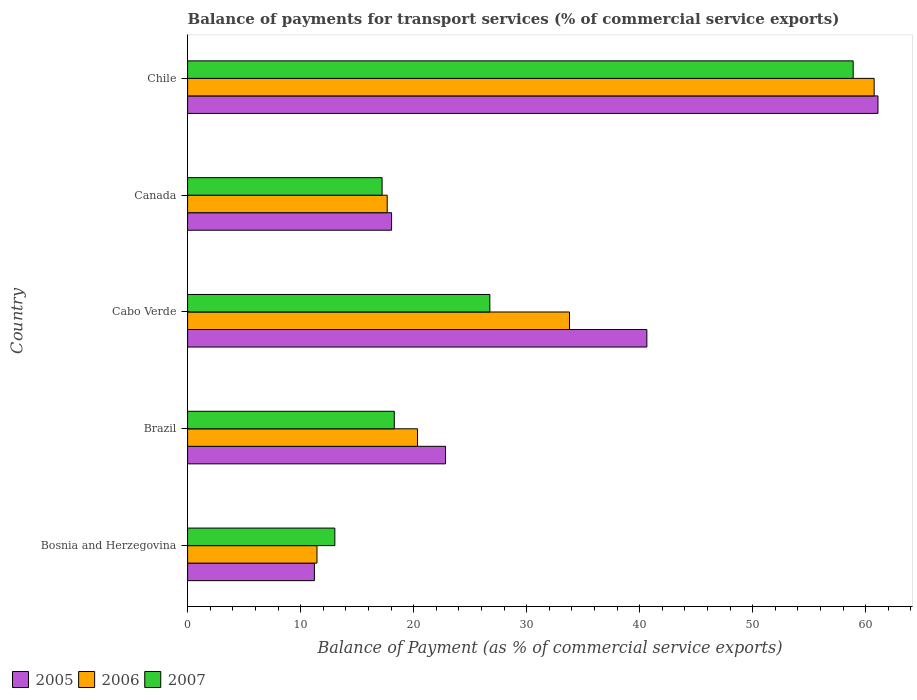
| Country | 2005 | 2006 | 2007 |
 | --- | --- | --- | --- |
 | Bosnia and Herzegovina | 11.2 | 11.4 | 13 |
 | Brazil | 22.8 | 20.3 | 18.3 |
 | Cabo Verde | 40.6 | 33.8 | 26.7 |
 | Canada | 18 | 17.7 | 17.2 |
 | Chile | 61.1 | 60.8 | 58.9 |